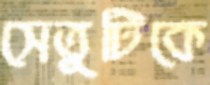
সেতুটিকে